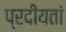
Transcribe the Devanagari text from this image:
प्रदीयतां